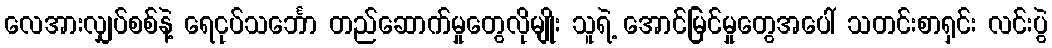
လေအားလျှပ်စစ်နဲ့ ရေငုပ်သင်္ဘော တည်ဆောက်မှုတွေလိုမျိုး သူရဲ့ အောင်မြင်မှုတွေအပေါ် သတင်းစာရှင်း လင်းပွဲ